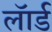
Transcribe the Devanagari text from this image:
लॅार्ड